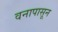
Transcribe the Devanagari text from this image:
वनापासून